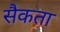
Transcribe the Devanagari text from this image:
सैकता